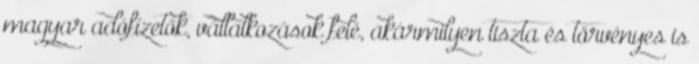
magyar adófizetők, vállalkozások felé, akármilyen tiszta és törvényes is